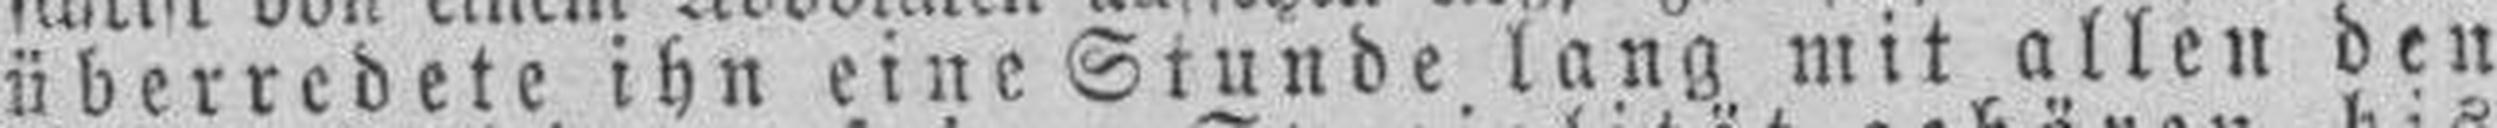
überredete ihn eine Stunde lang mit allen den